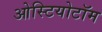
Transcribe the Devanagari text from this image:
ओस्टियोटॉम